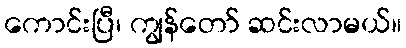
ကောင်းပြီ၊ ကျွန်တော် ဆင်းလာမယ်။